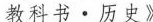
教科书·历史》